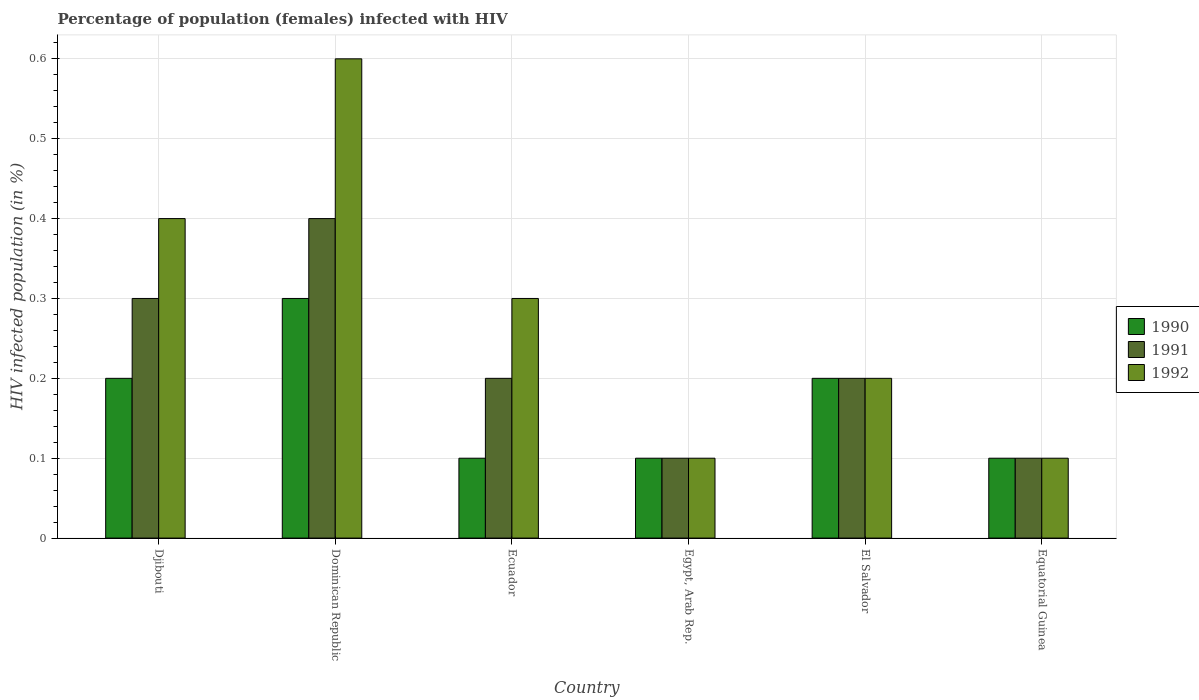
| Country | 1990 | 1991 | 1992 |
 | --- | --- | --- | --- |
 | Djibouti | 0.2 | 0.3 | 0.4 |
 | Dominican Republic | 0.3 | 0.4 | 0.6 |
 | Ecuador | 0.1 | 0.2 | 0.3 |
 | Egypt, Arab Rep. | 0.1 | 0.1 | 0.1 |
 | El Salvador | 0.2 | 0.2 | 0.2 |
 | Equatorial Guinea | 0.1 | 0.1 | 0.1 |